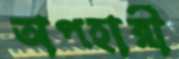
অপহারী